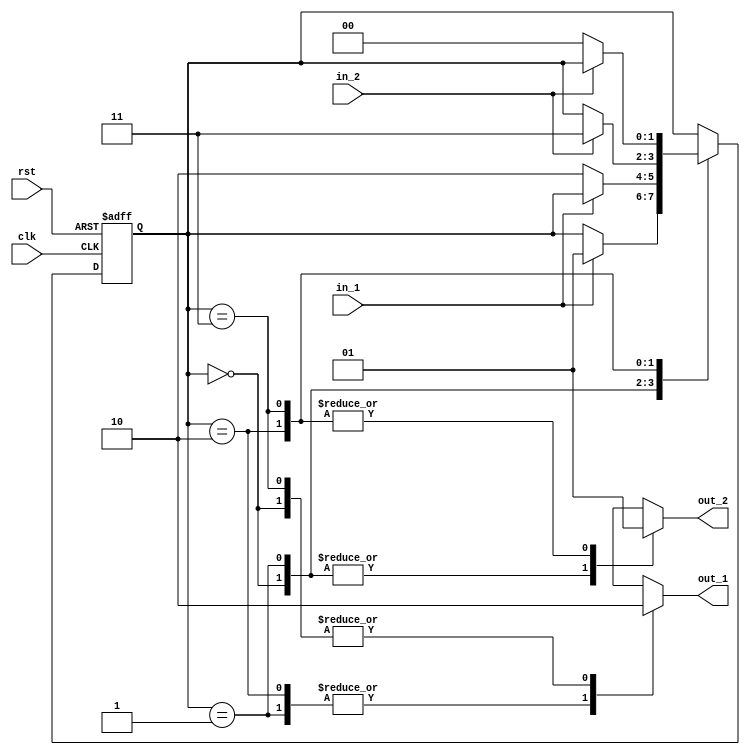
module fsm1 (
  input wire clk,
  input wire rst,
  input wire in_1,
  input wire in_2,
  output reg out_1,
  output reg out_2
);

  reg [1:0] state;

  parameter S0 = 2'b00;
  parameter S1 = 2'b01;
  parameter S2 = 2'b10;
  parameter S3 = 2'b11;

  always @(posedge clk or posedge rst) begin
    if (rst) begin
      state <= S0;
    end else begin
      case (state)
        S0: begin
          if (in_1) begin
            state <= S1;
          end
        end
        S1: begin
          if (!in_1) begin
            state <= S2;
          end
        end
        S2: begin
          if (in_2) begin
            state <= S3;
          end
        end
        S3: begin
          if (!in_2) begin
            state <= S0;
          end
        end
      endcase
    end
  end

  always @* begin
    case (state)
      S0: begin
        out_1 <= 1'b0;
        out_2 <= 1'b0;
      end
      S1: begin
        out_1 <= 1'b1;
        out_2 <= 1'b0;
      end
      S2: begin
        out_1 <= 1'b1;
        out_2 <= 1'b1;
      end
      S3: begin
        out_1 <= 1'b0;
        out_2 <= 1'b1;
      end
    endcase
  end

endmodule